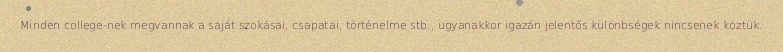
Minden college-nek megvannak a saját szokásai, csapatai, történelme stb., ugyanakkor igazán jelentős különbségek nincsenek köztük.